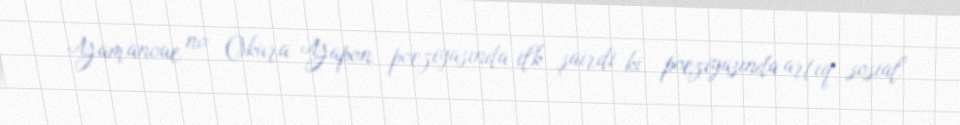
Yamanoue no Okura Yapon poeziyasında ilk şairdi ki, poeziyasında artıq sosial